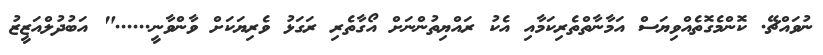
ނުވައްޗޭ. ކޮންމެގޮތެއްވިޔަސް އަމާނާތްތެރިކަމާއި އެކު ރައްޔިތުންނަށް އޯގާތެރި ރަގަޅު ވެރިޔަކަށް ވާންވާނީ......" އަބުދުލްއަޒީޒު